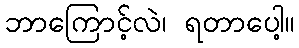
ဘာကြောင့်လဲ၊ ရတာပေါ့။